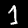
Label: 1